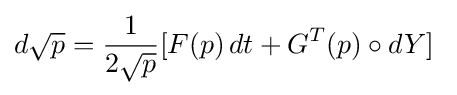
d{\sqrt {p}}={\frac {1}{2{\sqrt {p}}}}[F(p)\,dt+G^{T}(p)\circ dY]\